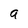
Character: a